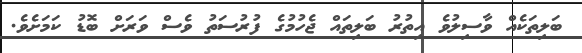
ބަލިތަކެއް ވާސިލުވެ އިތުރު ބަލިތައް ޖެހުމުގެ ފުރުސަތު ވެސް ވަރަށް ބޮޑު ކަމަށެވެ.